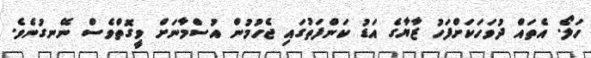
ހަލޯ. އެތައް ދުވަހަކަށްފަހު ޒާޔާގެ އަޑު ކަންފަތުގައި ޖެހުމުން އުސްމާނަށް ވީގޮތްވެސް ނޭނގުނެވެ.